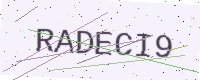
Text: RADECI9